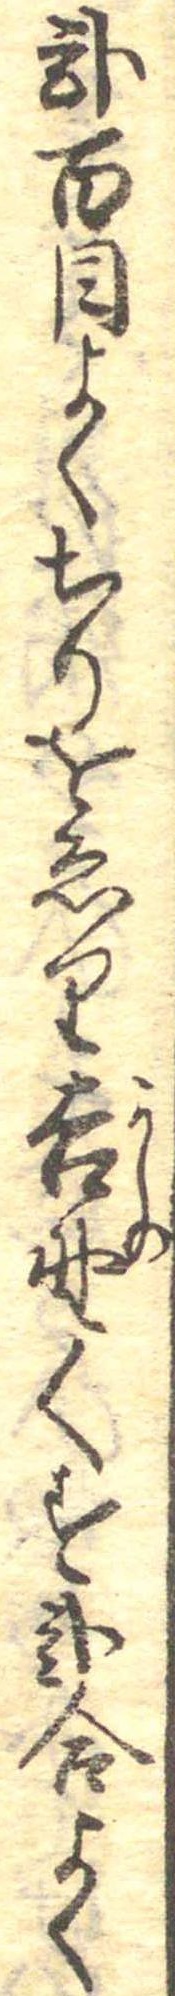
弐百目よくちりをゑり吉野くす弐合よく